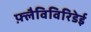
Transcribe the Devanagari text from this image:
फ़्लैविविरिडेई